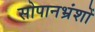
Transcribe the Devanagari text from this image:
सोपानभ्रंशों